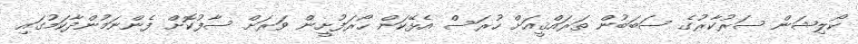
ކޯލިޝަން ސަރުކާރުގެ ސަބަބުން ތަރައްޤީއަށް ހުރަސް އެޅޭކަން ހޯރަފުށީން ވަރަށް ސާފުކޮށް ފެންނަމުންދާކަމުގައި